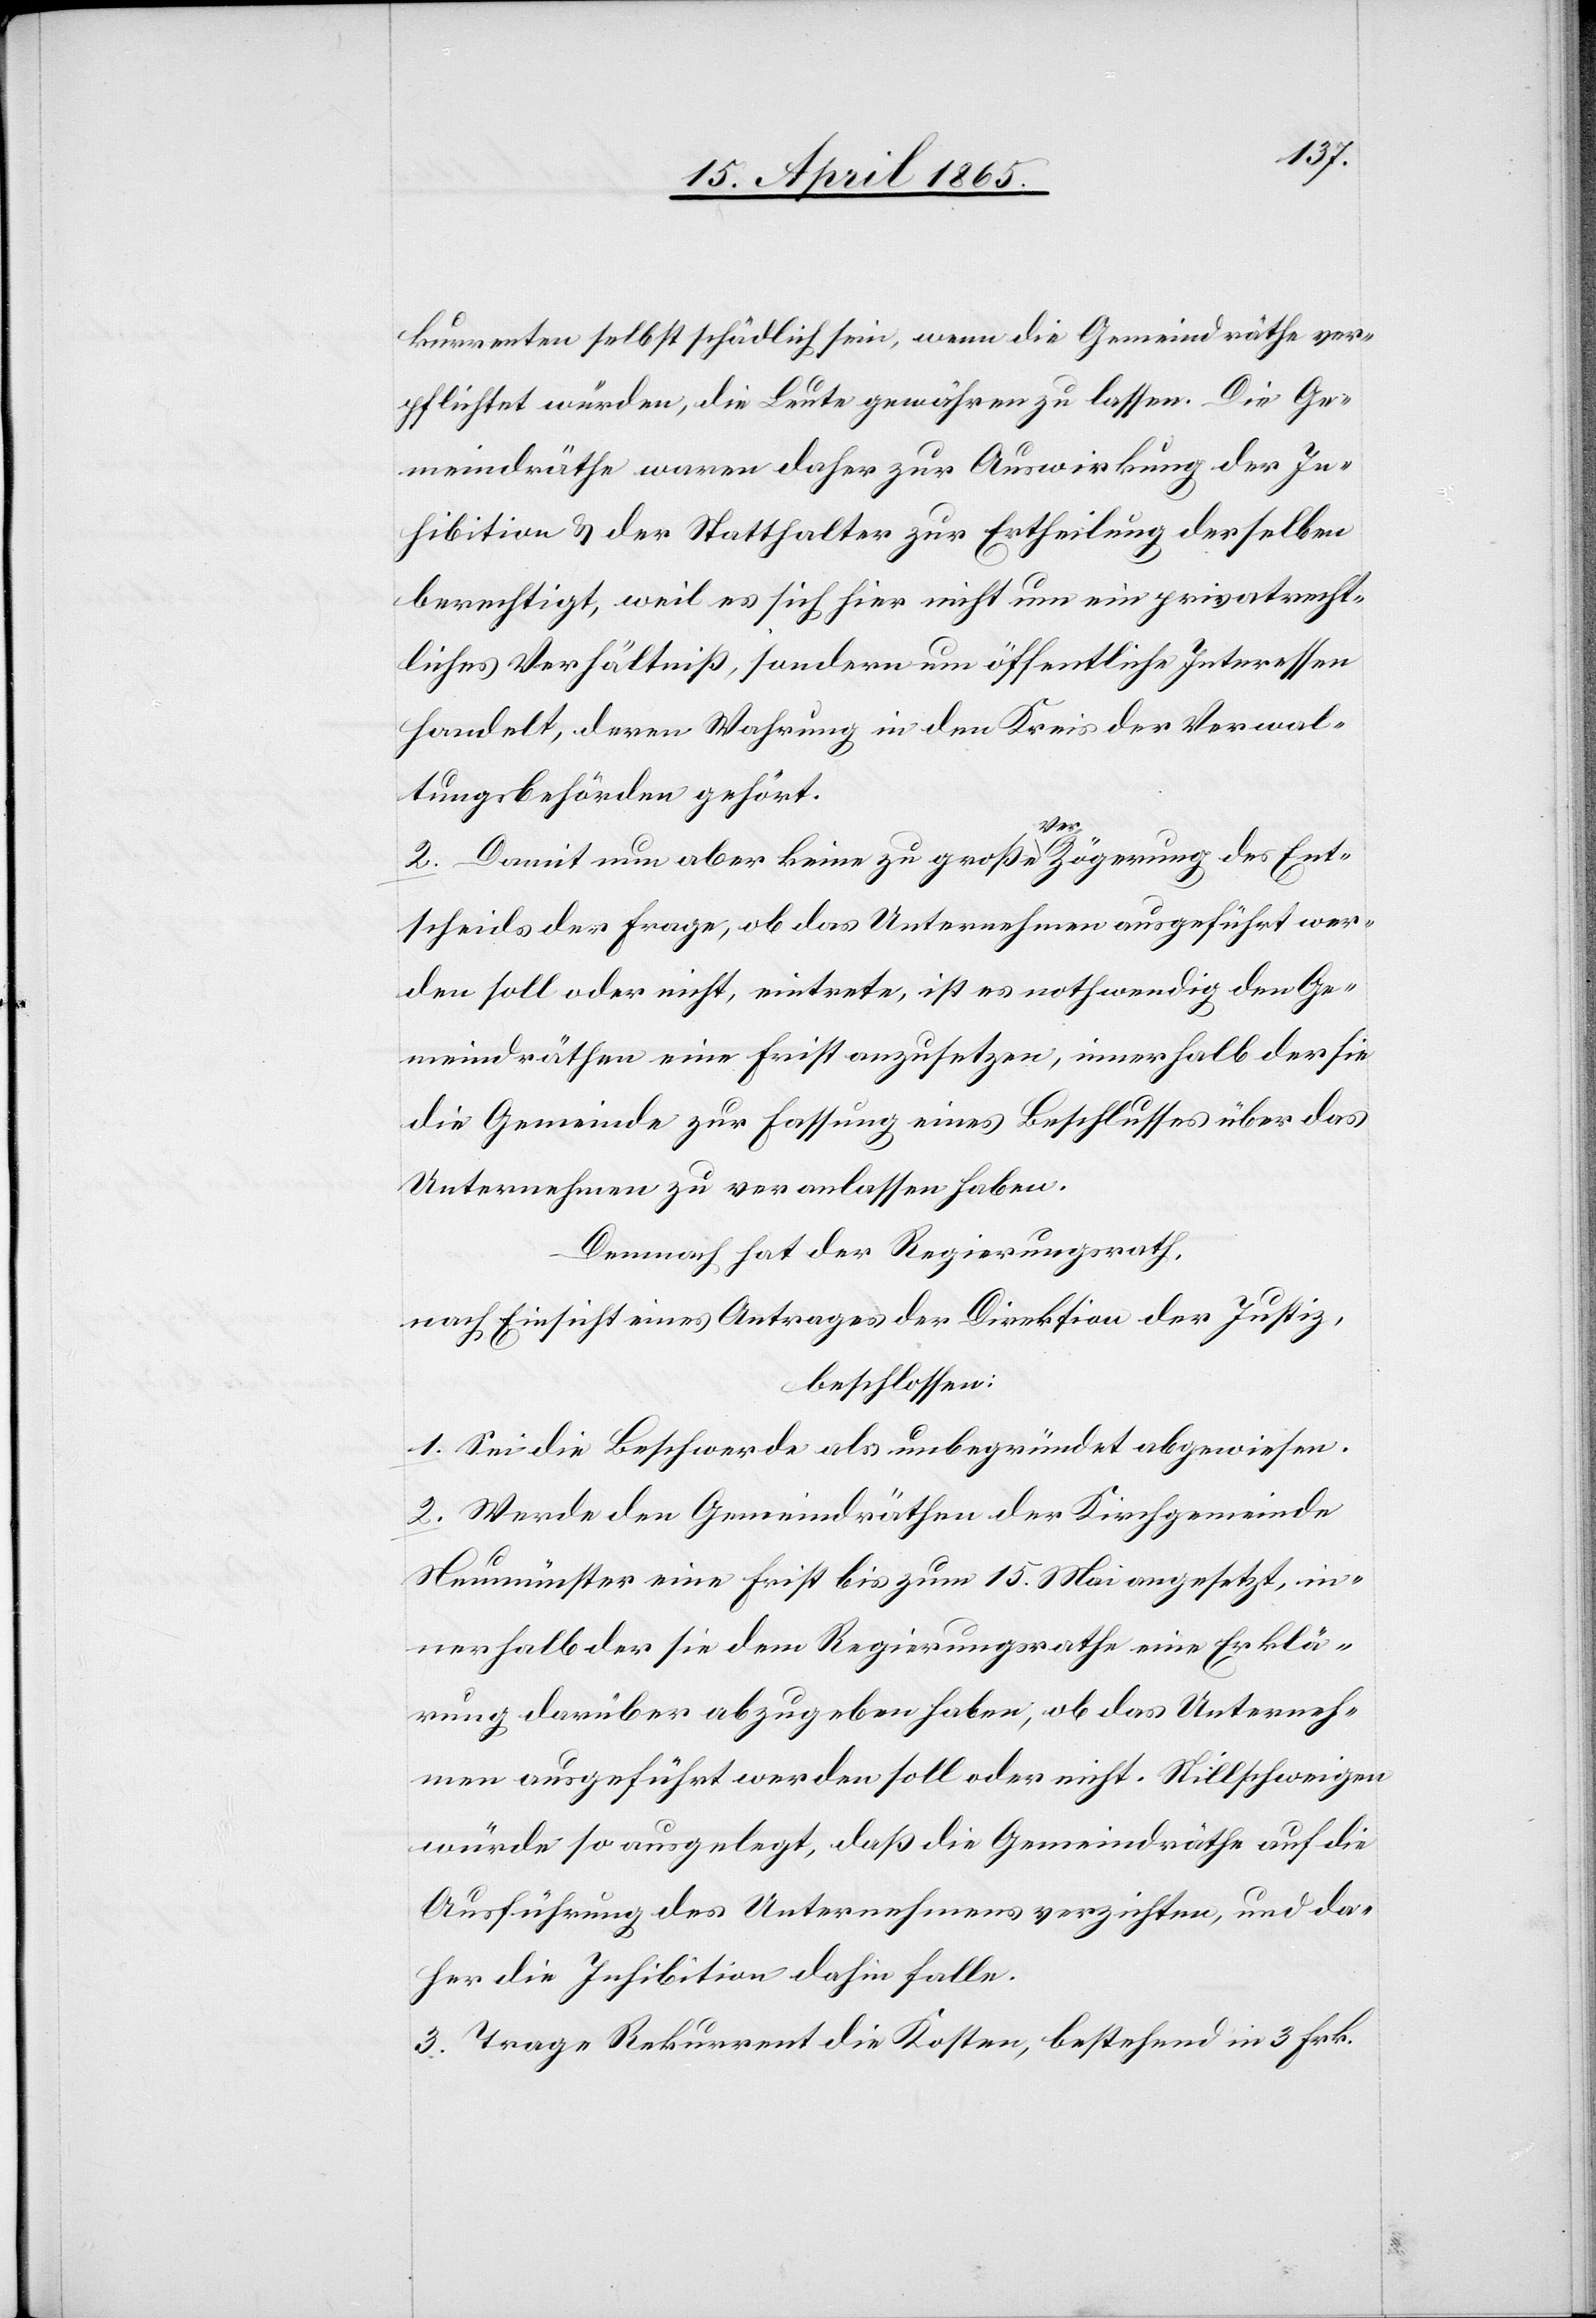
kurrenten selbst schädlich sein, wenn die Gemeindräthe ver¬
pflichtet würden, die Leute gewähren zu lassen. Die Ge¬
meindräthe waren daher zur Auswirkung der In¬
hibition & der Statthalter zur Ertheilung derselben
berechtigt, weil es sich hier nicht um ein privatrecht¬
liches Verhältniß, sondern um öffentliche Interessen
handelt, deren Wahrung in den Kreis der Verwal¬
tungsbehörden gehört.
2. Damit nun aber keine zu große Verzögerung des Ent¬
scheids der Frage, ob das Unternehmen ausgeführt wer¬
den soll oder nicht, eintrete, ist es nothwendig den Ge¬
meindräthen eine Frist anzusetzen, innerhalb der sie
die Gemeinde zur Fassung eines Beschlusses über das
Unternehmen zu veranlassen haben.
Demnach hat der Regierungsrath,
nach Einsicht eines Antrages der Direktion der Justiz,
beschlossen:
1. Sei die Beschwerde als unbegründet abgewiesen.
2. Werde den Gemeindräthen der Kirchgemeinde
Neumünster eine Frist bis zum 15. Mai angesetzt, in¬
nerhalb der sie dem Regierungsrathe eine Erklä¬
rung darüber abzugeben haben, ob das Unterneh¬
men ausgeführt werden soll oder nicht. Stillschweigen
würde so ausgelegt, daß die Gemeindräthe auf die
Ausführung des Unternehmens verzichten, und da¬
her die Inhibition dahin falle.
3. Trage Rekurrent die Kosten, bestehend in 3 Frk.